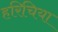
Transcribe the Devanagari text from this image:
हरिचिया